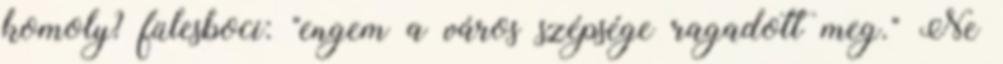
komoly? fülesboci: "engem a város szépsége ragadott meg." Ne